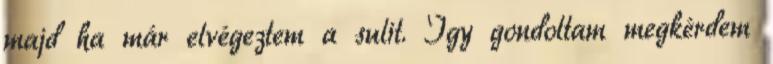
majd ha már elvégeztem a sulit. Így gondoltam megkérdem